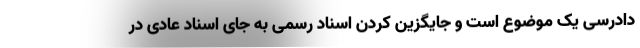
دادرسی یک موضوع است و جایگزین کردن اسناد رسمی به جای اسناد عادی در